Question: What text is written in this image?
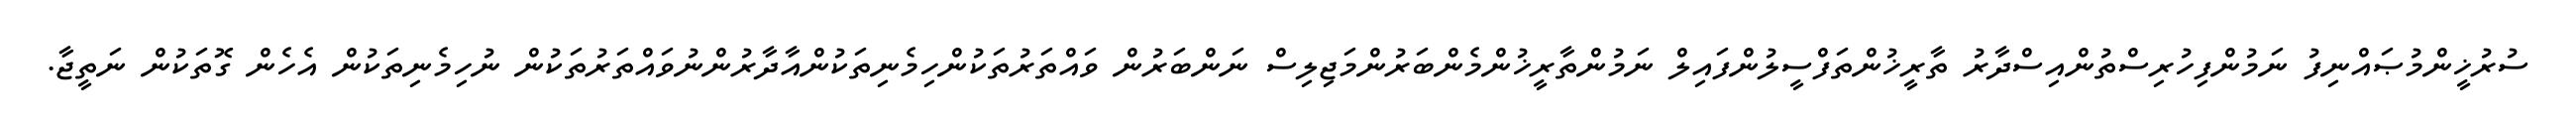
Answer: ސުރުޚީންމުޞައްނިފު ނަމުންފިހުރިސްތުންއިސްދާރު ތާރީޚުންތަފްސީލުންފައިލް ނަމުންތާރީޚުންމެންބަރުންމަޖިލިސް ނަންބަރުން ވައްތަރުތަކުންހިމެނިތަކުންއާދާރުންނުވައްތަރުތަކުން ނުހިމެނިތަކުން އެހެން ގޮތަކުން ނަތީޖާ.